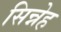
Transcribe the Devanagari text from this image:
सिन्नेह